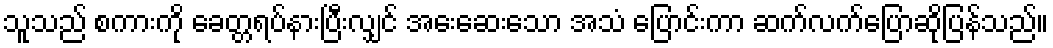
သူသည် စကားကို ခေတ္တရပ်နားပြီးလျှင် အေးဆေးသော အသံ ပြောင်းကာ ဆက်လက်ပြောဆိုပြန်သည်။